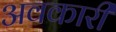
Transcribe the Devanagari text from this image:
अवकारी